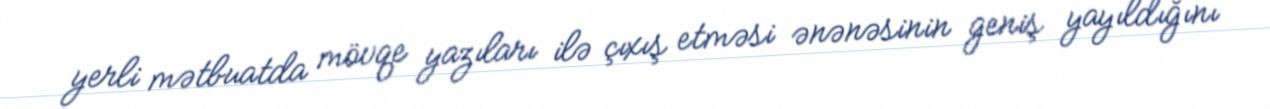
yerli mətbuatda mövqe yazıları ilə çıxış etməsi ənənəsinin geniş yayıldığını